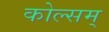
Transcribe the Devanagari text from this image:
कोल्सम्‌